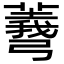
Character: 𢐱